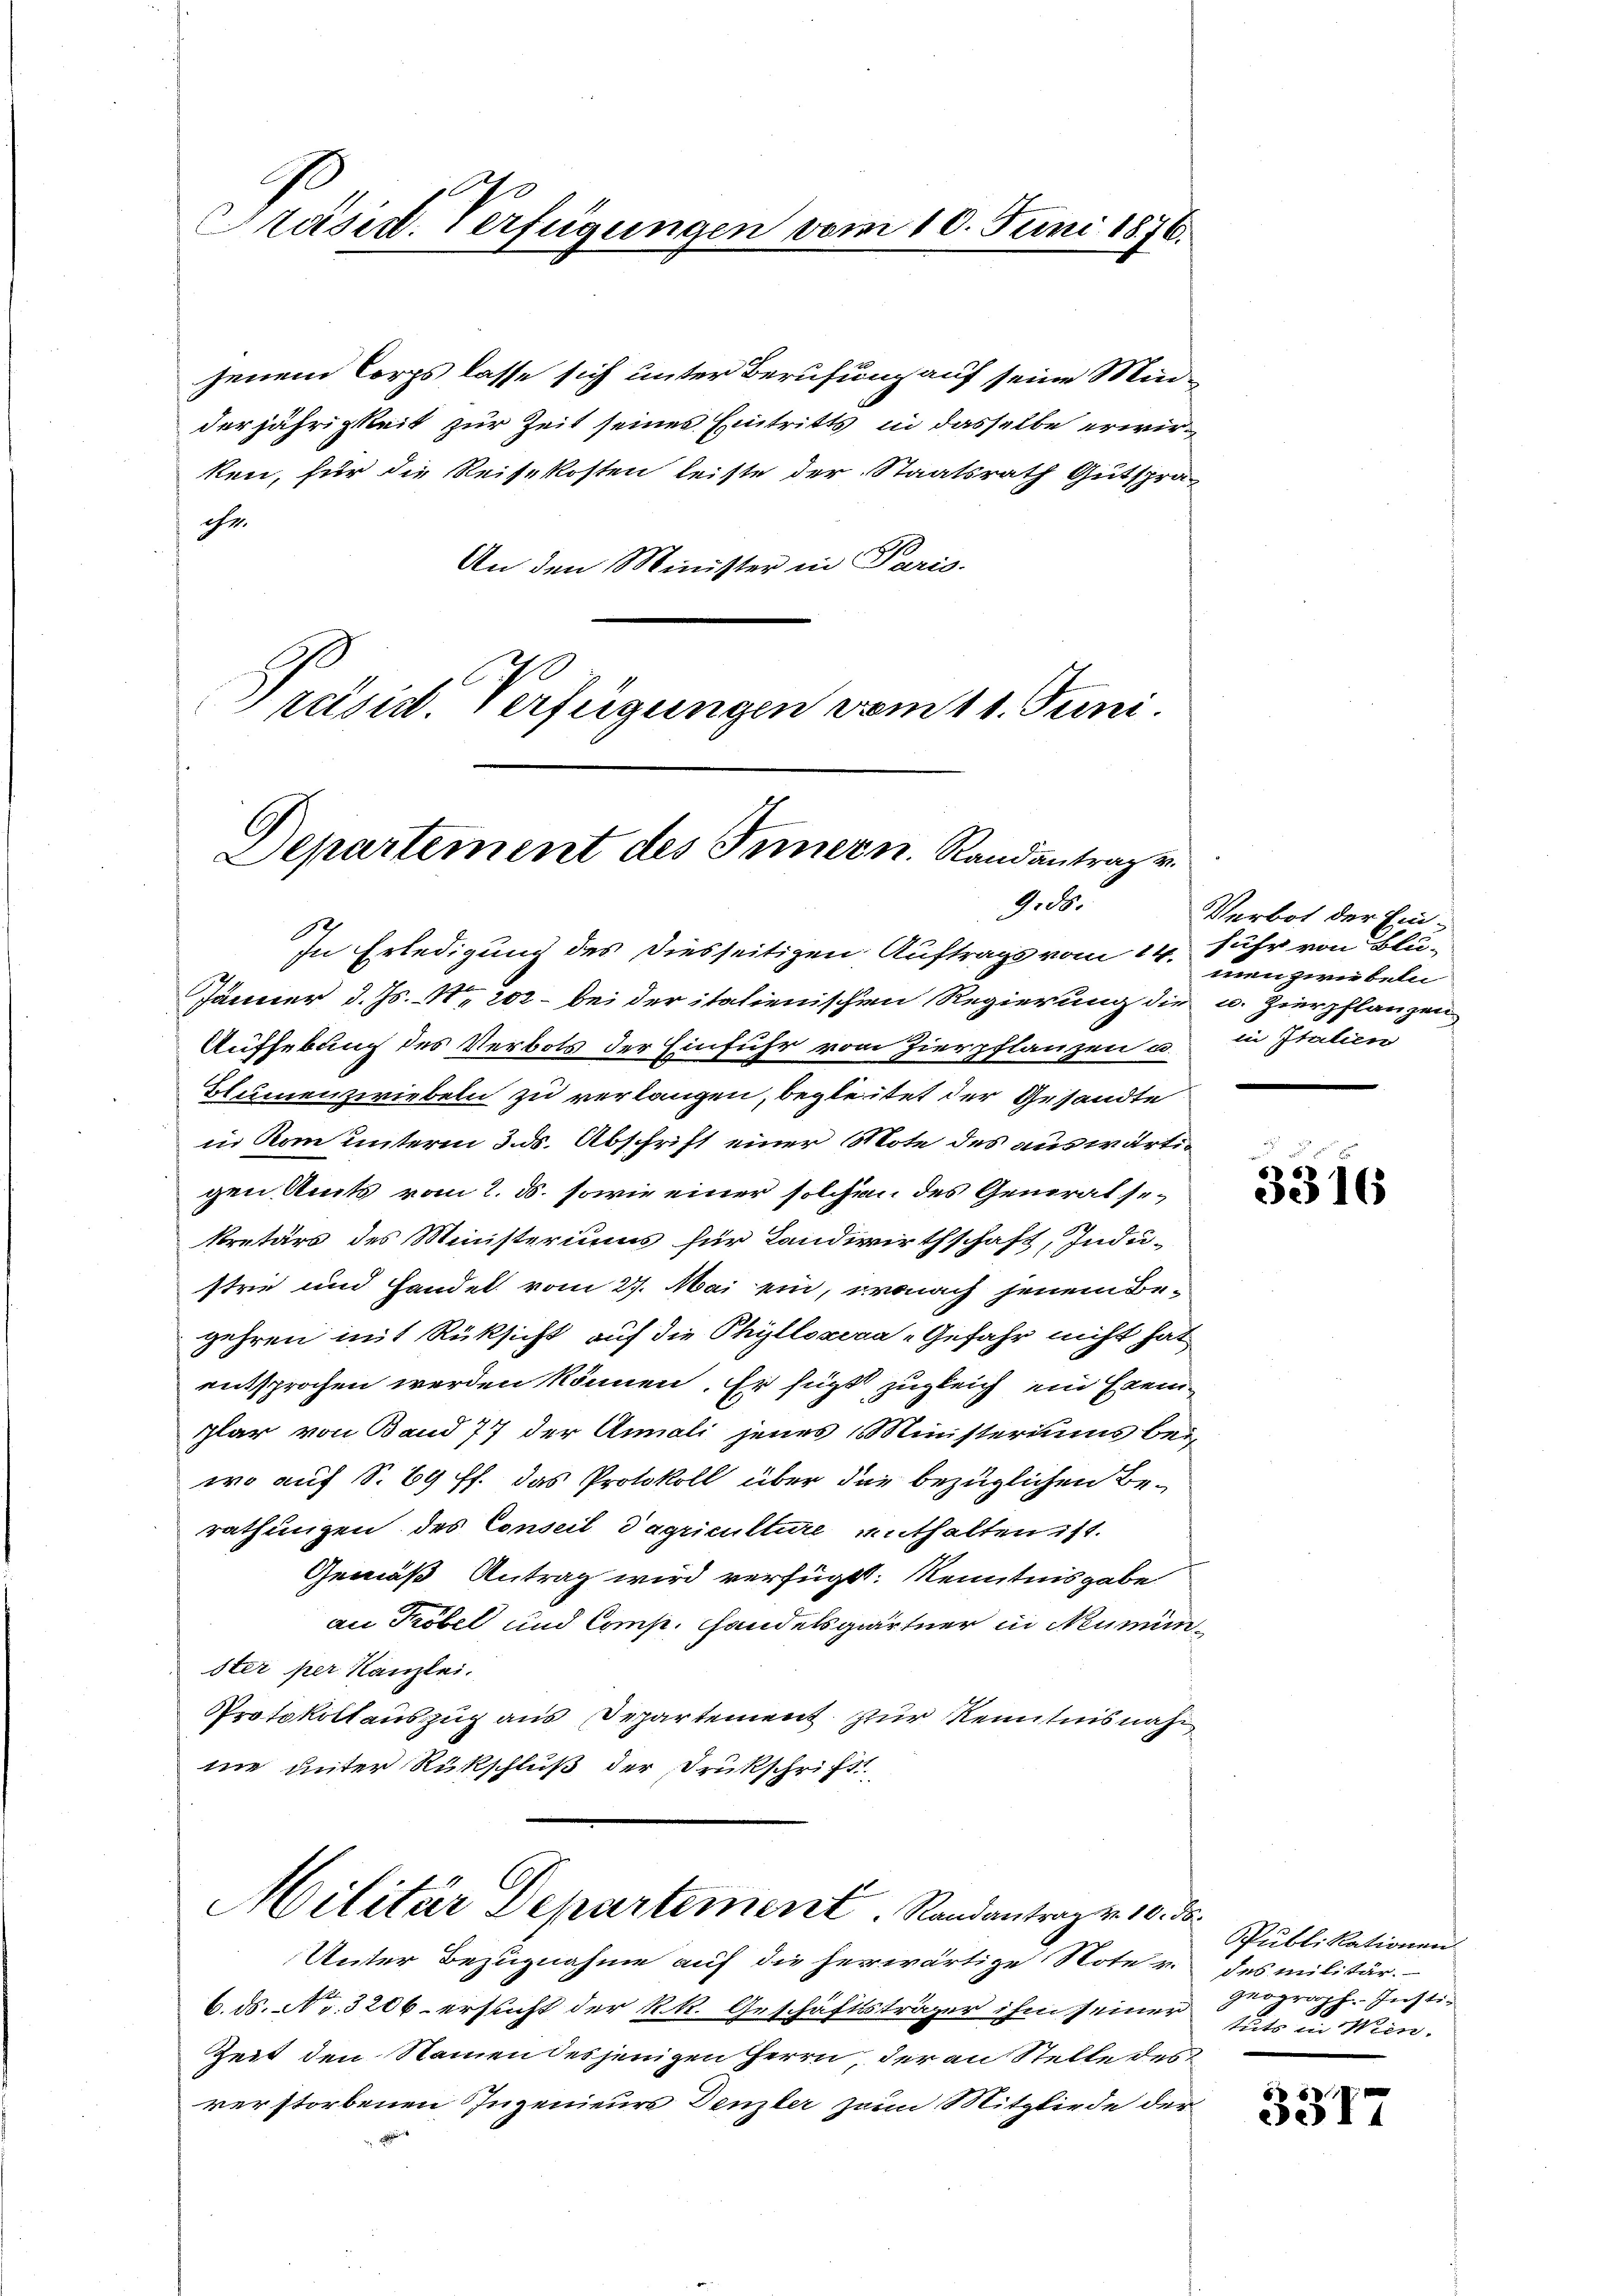
Präsid. Verfügungen vom 10. Juni 1876.

jenem Corps lasse sich unter Berufung auf seine Minderjährigkeit zur Zeit seines Eintritts in dasselbe erwirken, für die Reisekosten leiste der Staatsrath Gutspräche.
An den Minister in Paris.
x
s
räsid. Verfügungen vom 11. Juni.

In Erledigung des diesseitigen Auftrags vom 14. Sehr von Blä-
Jänner d. Js. No 202 – bei der italienischen Regierung die u. Zierpflanzen
Aufhebung des Verbots der Einfuhr von Hierpflanzen u.
Blumenzwiebeln zu verlangen, begleitet der Gesandte
in vom unterm 3. ds. Abschrift einer Mote des auswärtigen Amts vom 2. ds. sowie einer solchen des Generalsekretärs des Ministeriums für Landwirthschaft, Indu-
strie und Handel vom 27. Mai ein, wonach jenem Begehren mit Rüksicht auf die Phyllogra-Gefahr nicht hat
entsprochen werden können. Er sucht zugleich ein Freiplar von Band 77 der Annali jenes Ministeriums bei
wo auf S. 69 ff. das Protokoll über die bezüglichen Berathungen des Conseil dagriculture enthalten ist.
Gemäß Antrag wird verfügt: Kenntnisgabe
au Tröbel und Comp. Handelsgärtner in Neumünster per Kanzlei.
Protokollauszug aus Departement zur Kenntnis nach
ne unter Rückschluß der Drukschrift

Departement des Innern. Randantrag v.
9.ds.

Militär Departement. Randantrag v. 10. ds.

Unter Bezugnahme auf die herwärtige Note v. des militär.
6. ds. Nr. 3206 ersucht der k.k. Geschäftsträger ihm seinen Prograph. Insti-
Zeit den Namen desjenigen Herrn, der an Stelle des
rerstorbenen Ingenieurs Denzler zum Mitgliede der

Verbot der Einmen zwiebeln
in Italien

3316

Publikationen
tuts in Wien.

3317